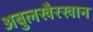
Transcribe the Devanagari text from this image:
अबुलखैरखान